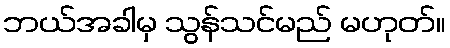
ဘယ်အခါမှ သွန်သင်မည် မဟုတ်။